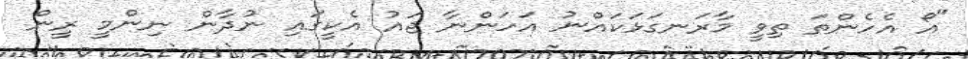
"އޯ އެހެންތަ ތިވީ މާރަނގަޅަކައްނު އަހަންނާ ޖައު އެކީގައި ނުދާން ނިންމީ ރީން